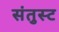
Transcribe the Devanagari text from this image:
संतुस्ट